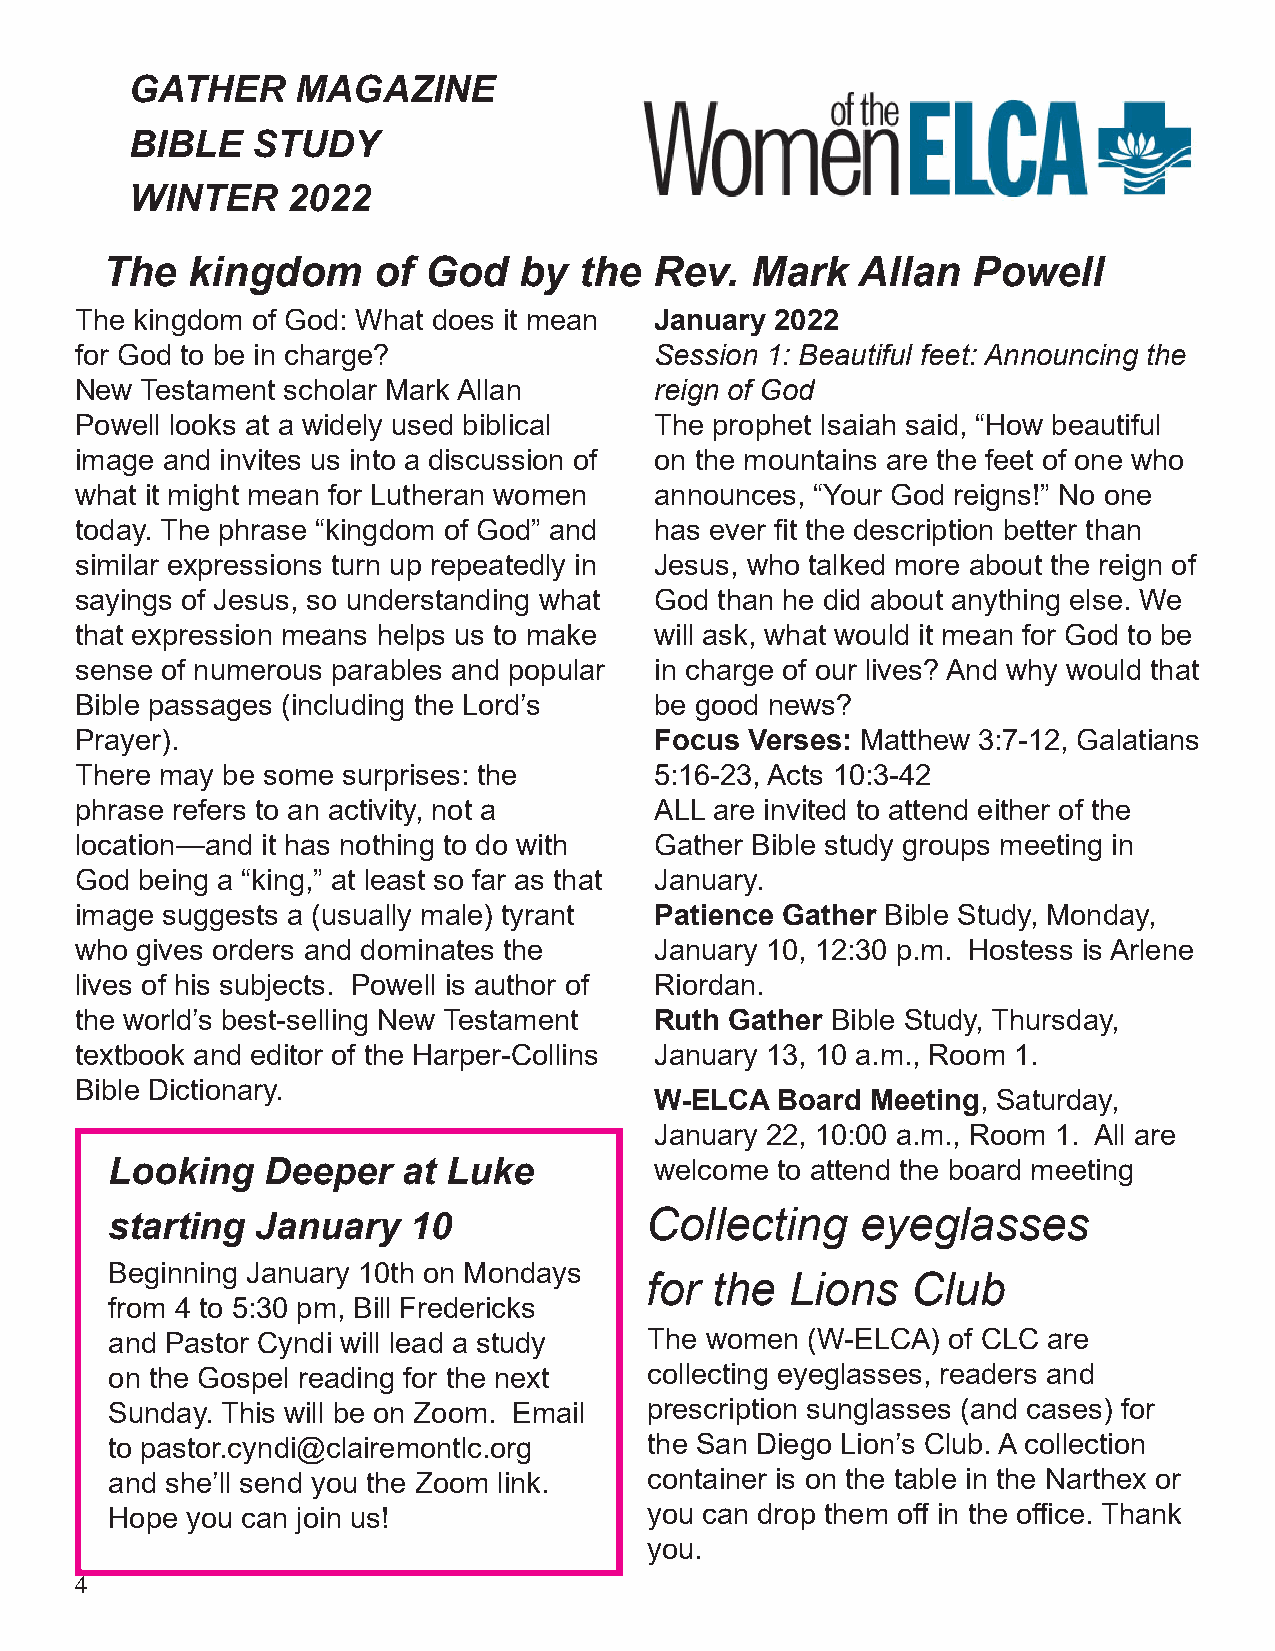
GATHER     MAGAZINE
 BIBLE   STUDY
 WINTER    2022
 The  kingdom      of God   by  the  Rev.   Mark   Allan  Powell
 The kingdom of God: What does it mean January 2022
 for God to be in charge?              Session 1: Beautiful feet: Announcing the
 New Testament scholar Mark Allan      reign of God
 Powell looks at a widely used biblical The prophet Isaiah said, “How beautiful
 image and invites us into a discussion of on the mountains are the feet of one who
 what it might mean for Lutheran women announces, “Your God reigns!” No one
 today. The phrase “kingdom of God” and has ever fit the description better than
 similar expressions turn up repeatedly in Jesus, who talked more about the reign of
 sayings of Jesus, so understanding what God than he did about anything else. We
 that expression means helps us to make will ask, what would it mean for God to be
 sense of numerous parables and popular in charge of our lives? And why would that
 Bible passages (including the Lord’s  be good news?
 Prayer).                              Focus  Verses: Matthew 3:7-12, Galatians
 There may be some surprises: the      5:16-23, Acts 10:3-42
 phrase refers to an activity, not a   ALL are invited to attend either of the
 location—and it has nothing to do with Gather Bible study groups meeting in
 God being a “king,” at least so far as that January.
 image suggests a (usually male) tyrant Patience Gather Bible Study, Monday,
 who gives orders and dominates the    January 10, 12:30 p.m. Hostess is Arlene
 lives of his subjects. Powell is author of Riordan.
 the world’s best-selling New Testament Ruth Gather Bible Study, Thursday,
 textbook and editor of the Harper-Collins January 13, 10 a.m., Room 1.
 Bible Dictionary.
 W-ELCA  Board  Meeting, Saturday,
 January 22, 10:00 a.m., Room 1. All are
 Looking    Deeper   at Luke         welcome to attend the board meeting
 starting  January   10              Collecting    eyeglasses
 Beginning January 10th on Mondays
 for the  Lions   Club
 from 4 to 5:30 pm, Bill Fredericks
 and Pastor Cyndi will lead a study  The women (W-ELCA)  of CLC are
 on the Gospel reading for the next  collecting eyeglasses, readers and
 Sunday. This will be on Zoom. Email prescription sunglasses (and cases) for
 to pastor.cyndi@clairemontlc.org    the San Diego Lion’s Club. A collection
 and she’ll send you the Zoom link.  container is on the table in the Narthex or
 Hope you can join us!               you can drop them off in the office. Thank
 you.
 4